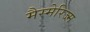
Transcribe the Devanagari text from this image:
मैस्मेरिज्म